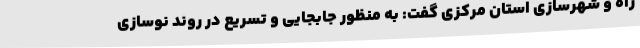
راه و شهرسازی استان مرکزی گفت: به منظور جابجایی و تسریع در روند نوسازی